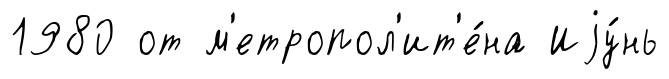
1980 от м'етропол'ит'е́на Иjу́нь